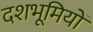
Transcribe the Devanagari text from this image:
दशभूमियों